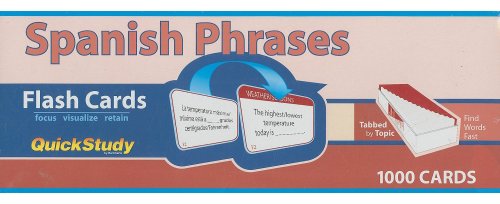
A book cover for Spanish Phrases Upc #654614004277 (Quickstudy: Academic); Inc. BarCharts; Reference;